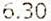
6.30